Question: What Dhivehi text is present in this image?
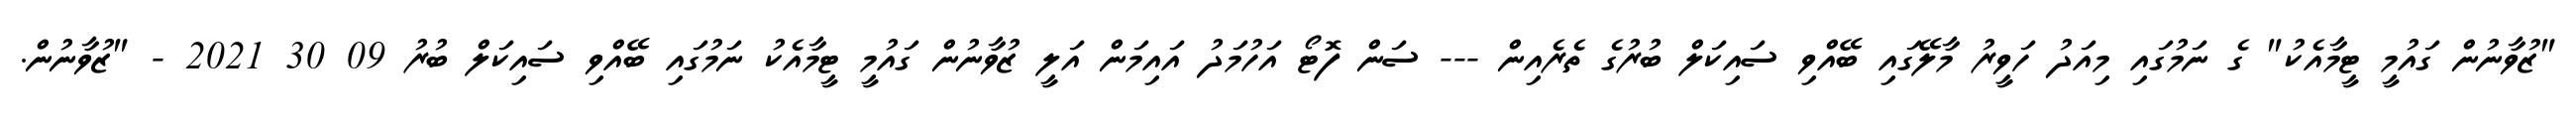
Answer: "ޒުވާނުން ގައުމީ ޓީމާއެކު" ގެ ނަމުގައި މިއަދު ހަވީރު މާލޭގައި ބޭއްވި ސައިކަލް ބުރުގެ ތެރެއިން --- ސަން ފޮޓޯ އަހުމަދު އައިމަން އަލީ ޒުވާނުން ގައުމީ ޓީމާއެކު ނަމުގައި ބޭއްވި ސައިކަލް ބުރު 09 30 2021 - "ޒުވާނުން.